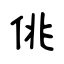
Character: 佻